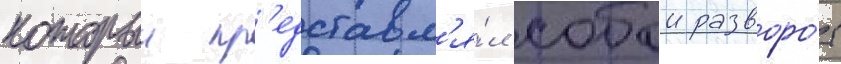
которыи пр'едставл'я́л собои разворо́т